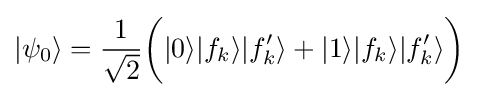
|\psi _{0}\rangle ={\frac {1}{\sqrt {2}}}{\bigg (}|0\rangle |f_{k}\rangle |f_{k}'\rangle +|1\rangle |f_{k}\rangle |f_{k}'\rangle {\bigg )}